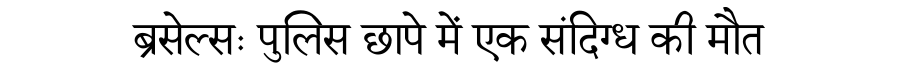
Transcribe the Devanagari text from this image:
ब्रसेल्सः पुलिस छापे में एक संदिग्ध की मौत